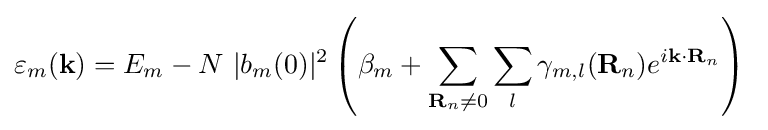
\varepsilon _{m}(\mathbf {k} )=E_{m}-N\ |b_{m}(0)|^{2}\left(\beta _{m}+\sum _{\mathbf {R} _{n}\neq 0}\sum _{l}\gamma _{m,l}(\mathbf {R} _{n})e^{i\mathbf {k} \cdot \mathbf {R} _{n}}\right)\